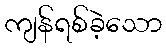
ကျန်ရစ်ခဲ့သော